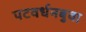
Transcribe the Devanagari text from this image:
पटवर्धनबुवा